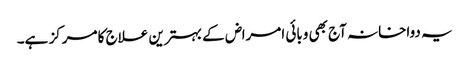
یہ دواخانہ آج بھی وبائی امراض کے بہترین علاج کا مرکز ہے۔